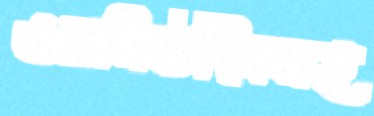
ওয়াসিউদ্দিনসহ